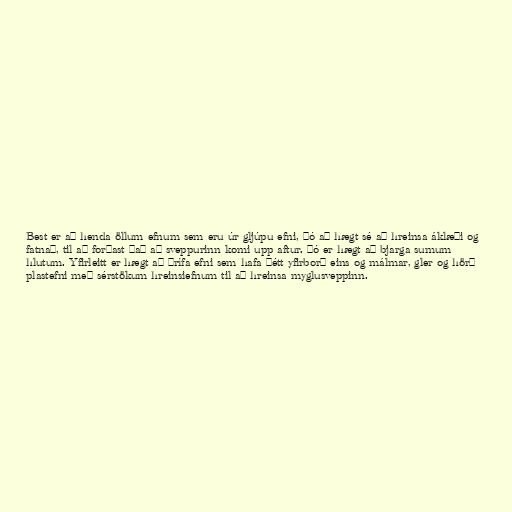
Best er að henda öllum efnum sem eru úr gljúpu efni, þó að hægt sé að hreinsa áklæði og
fatnað, til að forðast það að sveppurinn komi upp aftur. Þó er hægt að bjarga sumum
hlutum. Yfirleitt er hægt að þrífa efni sem hafa þétt yfirborð eins og málmar, gler og hörð
plastefni með sérstökum hreinsiefnum til að hreinsa myglusveppinn.